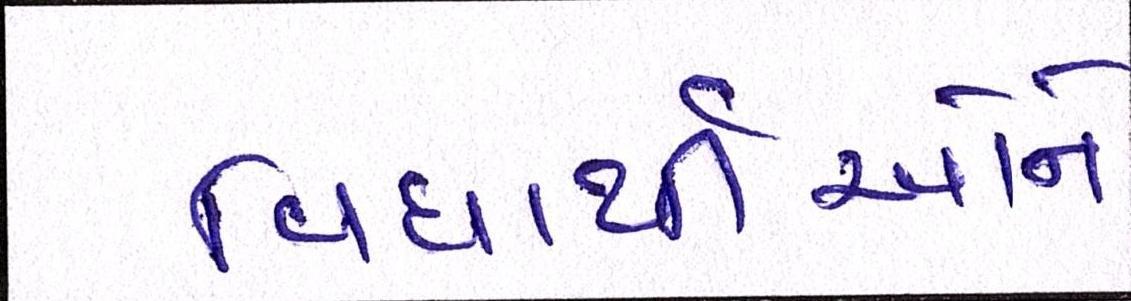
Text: વિધાર્થીઓને